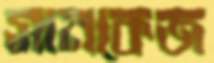
সানকেজ